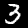
Label: 3